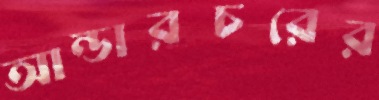
আন্ডারচরের